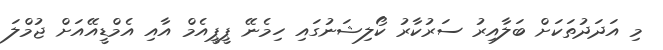
މި އަދަދުތަކަށް ބަލާއިރު ސަރުކާރު ކޯލިޝަނުގައި ހިމެނޭ ޕީޕީއެމް އާއި އެމްޑީއޭއަށް ޖުމްލަ